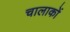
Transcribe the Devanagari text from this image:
चालाकों